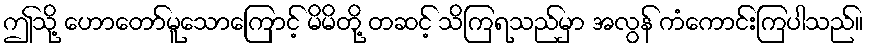
ဤသို့ ဟောတော်မူသောကြောင့် မိမိတို့ တဆင့် သိကြရသည်မှာ အလွန် ကံကောင်းကြပါသည်။